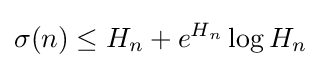
\sigma (n)\leq H_{n}+e^{H_{n}}\log H_{n}